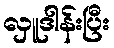
လှူဒါန်းပြီး